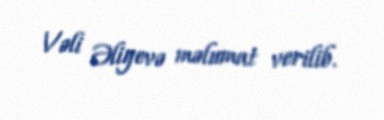
Vəli Əliyevə məlumat verilib.